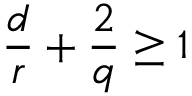
\frac { d } { r } + \frac { 2 } { q } \geq 1